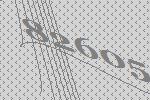
82605